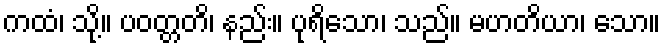
ကထံ၊ သို့။ ပဝတ္တတိ၊ နည်း။ ပုရိသော၊ သည်။ မဟတိယာ၊ သော။